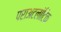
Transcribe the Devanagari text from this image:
पराअटलांटिक